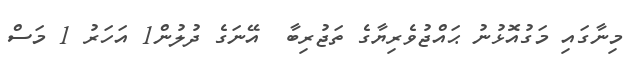
މިނާގައި މަގުއޮޅުނު ޙައްޖުވެރިޔާގެ ތަޖުރިބާ  އޭނަގެ ދުލުން1 އަހަރު 1 މަސް